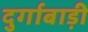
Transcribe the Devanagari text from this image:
दुर्गाबाड़ी